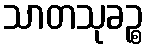
သာတသုခဉ္စ